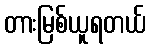
တားမြစ်ယူရတယ်